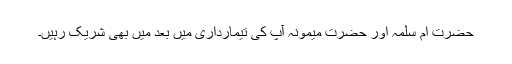
حضرت ام سلمہ اور حضرت میمونہ آپ کی تیمارداری میں بعد میں بھی شریک رہیں۔